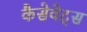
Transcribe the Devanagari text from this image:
कैसेवेट्स